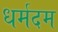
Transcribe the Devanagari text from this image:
धर्मदम